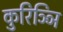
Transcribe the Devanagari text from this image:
कुरिञ्ञि